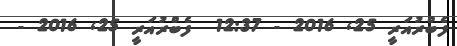
ފެބްރުއަރީ 25